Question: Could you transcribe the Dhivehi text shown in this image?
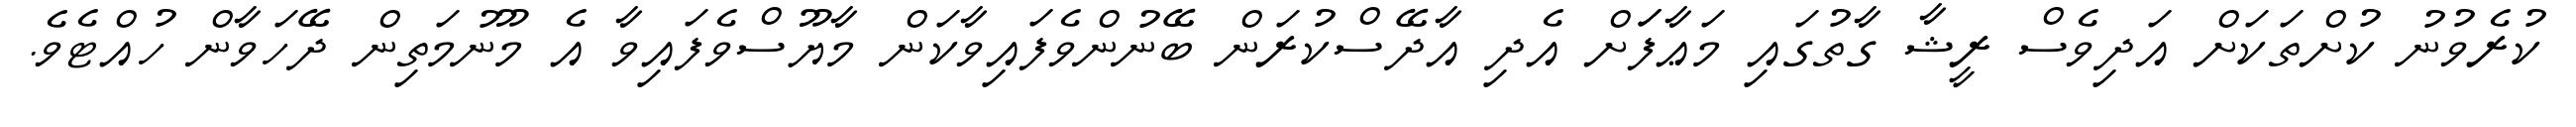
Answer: ކުރެވުނު ކުށްތަކަށް އަދިވެސް ރީޝާ ގާތުގައި މަޢާފަަށް އެދި އާދޭސްކުރަން ބޭނުންވެފައިވާކަން މާޔޫސްވެފައިވާ އެ މޫނުމަތިން ދޭހަވާން ހުއްޓެވެ.